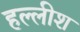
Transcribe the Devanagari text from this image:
हल्लीश